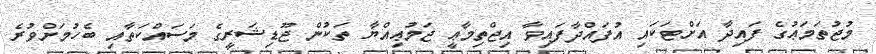
މުޖުތަމަޢުގެ ފައިދާ އަށްޓަކައި އުފައްދާފައިވާ އިޖްތިމާޢީ ޖަމުޢިއްޔާ ތަކުން ޖޫޑިޝަރީގެ މަސައްކަތާއި ބެހުމަށްވުރެ